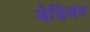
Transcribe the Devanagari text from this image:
जेडियन